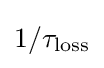
1/\tau _{\rm {loss}}